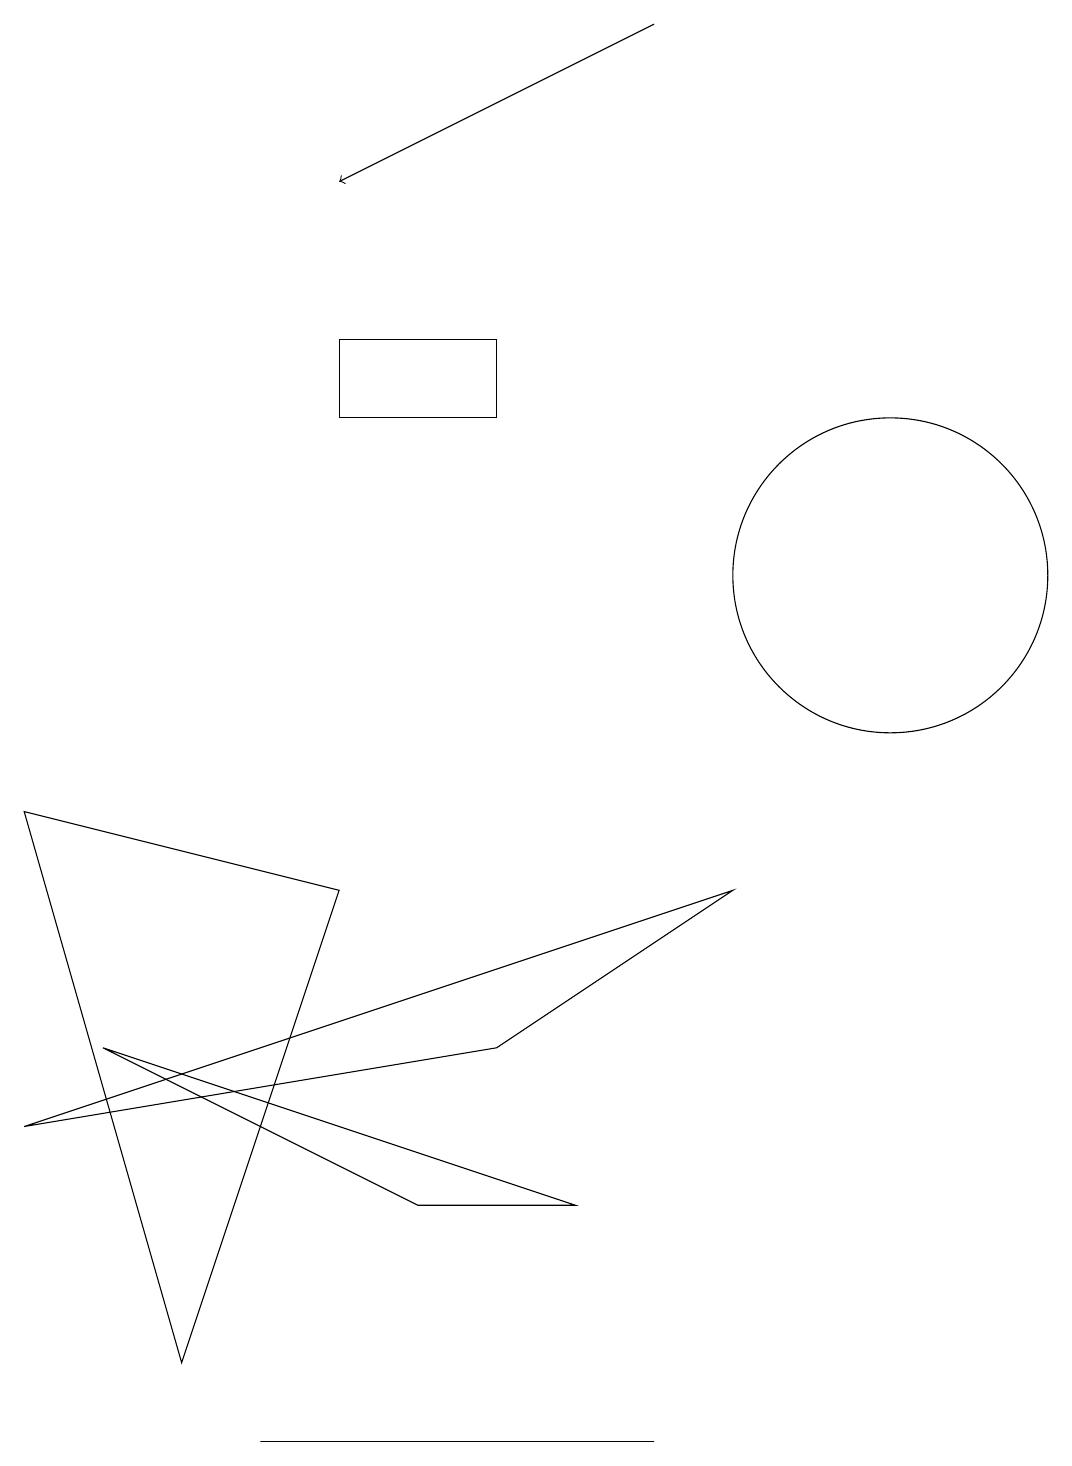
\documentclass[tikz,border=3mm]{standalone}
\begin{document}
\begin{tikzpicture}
\draw (8,0) -- (6,0) -- (3,0) -- cycle;
\draw (11,11) circle (2);
\draw (7,3) -- (5,3) -- (1,5) -- cycle;
\draw[->] (8,18) -- (4,16);
\draw (0,4) -- (6,5) -- (9,7) -- cycle;
\draw (6,13) rectangle (4,14);
\draw (0,8) -- (4,7) -- (2,1) -- cycle;
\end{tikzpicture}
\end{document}